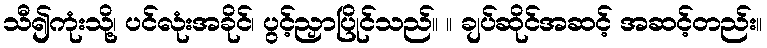
သီ၍ကုံးသို့၊ ပင်လုံးအခိုင်၊ ပွင့်ညှာပြိုင်သည်။ ။ ချပ်ဆိုင်အဆင့် အဆင့်တည်း။